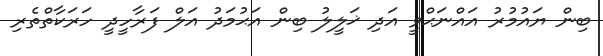
ބިން ޔައުމުރު އައްނަޙްވީ އަދި ޚަލީލު ބިން އަޙުމަދު އަލް ފަރާހީދީ ހަރަކާތްތެރި